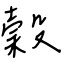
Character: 穀